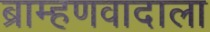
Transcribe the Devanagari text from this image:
ब्राम्हणवादाला